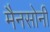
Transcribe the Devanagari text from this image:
मैनसोनी